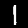
Label: 1